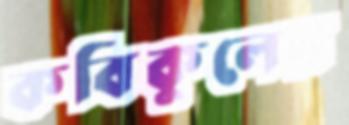
কবিকুলের